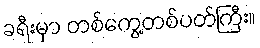
ခရီးမှာ တစ်ကွေ့တစ်ပတ်ကြီး။